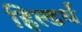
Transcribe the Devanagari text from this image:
हिल्डर्थ